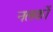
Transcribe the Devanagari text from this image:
नलकों